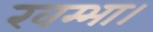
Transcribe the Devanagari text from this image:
खम्भा।